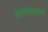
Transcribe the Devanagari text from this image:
आत्मासंसरण